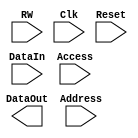
module dbg_registers(DataIn, DataOut, Address, RW, Access, Clk, Reset
                     `ifdef TRACE_ENABLED
                     , 
                     ContinMode, 
                     TraceEnable, RecSelDepend, WpTrigger, BpTrigger, LSSTrigger, 
                     ITrigger, TriggerOper, WpQualif, BpQualif, LSSQualif, IQualif, 
                     QualifOper, RecordPC_Wp, RecordLSEA_Wp, RecordLDATA_Wp, 
                     RecordSDATA_Wp, RecordReadSPR_Wp, RecordReadSPR_Bp, 
                     RecordWriteSPR_Wp, RecordWriteSPR_Bp, RecordINSTR_Wp, RecordPC_Bp, 
                     RecordLSEA_Bp, RecordLDATA_Bp, RecordSDATA_Bp, RecordINSTR_Bp, 
                     WpTriggerValid, BpTriggerValid, LSSTriggerValid, ITriggerValid, 
                     WpQualifValid, BpQualifValid, LSSQualifValid, IQualifValid,
                     WpStop, BpStop, LSSStop, IStop, StopOper, WpStopValid, BpStopValid, 
                     LSSStopValid, IStopValid 
                     `endif
                    );

parameter Tp = 1;

input [31:0] DataIn;
input [4:0] Address;

input RW;
input Access;
input Clk;
input Reset;

output [31:0] DataOut;
reg    [31:0] DataOut;

`ifdef TRACE_ENABLED
  output RecSelDepend;
  output ContinMode;
  output TraceEnable;
  
  output [10:0] WpTrigger;
  output        BpTrigger;
  output [3:0]  LSSTrigger;
  output [1:0]  ITrigger;
  output [1:0]  TriggerOper;
  
  output        WpTriggerValid;
  output        BpTriggerValid;
  output        LSSTriggerValid;
  output        ITriggerValid;
  
  output [10:0] WpQualif;
  output        BpQualif;
  output [3:0]  LSSQualif;
  output [1:0]  IQualif;
  output [1:0]  QualifOper;
  
  output        WpQualifValid;
  output        BpQualifValid;
  output        LSSQualifValid;
  output        IQualifValid;
  
  output [10:0] WpStop;
  output        BpStop;
  output [3:0]  LSSStop;
  output [1:0]  IStop;
  output [1:0]  StopOper;
  
  output WpStopValid;
  output BpStopValid;
  output LSSStopValid;
  output IStopValid;
  
  output [10:0] RecordPC_Wp;
  output [10:0] RecordLSEA_Wp;
  output [10:0] RecordLDATA_Wp;
  output [10:0] RecordSDATA_Wp;
  output [10:0] RecordReadSPR_Wp;
  output [10:0] RecordWriteSPR_Wp;
  output [10:0] RecordINSTR_Wp;
  
  
  output RecordPC_Bp;
  output RecordLSEA_Bp;
  output RecordLDATA_Bp;
  output RecordSDATA_Bp;
  output RecordReadSPR_Bp;
  output RecordWriteSPR_Bp;
  output RecordINSTR_Bp;
`endif

`ifdef TRACE_ENABLED
  wire MODER_Acc =   (Address == `MODER_ADR)   & Access;
  wire TSEL_Acc =    (Address == `TSEL_ADR)    & Access;
  wire QSEL_Acc =    (Address == `QSEL_ADR)    & Access;
  wire SSEL_Acc =    (Address == `SSEL_ADR)    & Access;
  wire RECWP0_Acc =  (Address == `RECWP0_ADR)  & Access;
  wire RECWP1_Acc =  (Address == `RECWP1_ADR)  & Access;
  wire RECWP2_Acc =  (Address == `RECWP2_ADR)  & Access;
  wire RECWP3_Acc =  (Address == `RECWP3_ADR)  & Access;
  wire RECWP4_Acc =  (Address == `RECWP4_ADR)  & Access;
  wire RECWP5_Acc =  (Address == `RECWP5_ADR)  & Access;
  wire RECWP6_Acc =  (Address == `RECWP6_ADR)  & Access;
  wire RECWP7_Acc =  (Address == `RECWP7_ADR)  & Access;
  wire RECWP8_Acc =  (Address == `RECWP8_ADR)  & Access;
  wire RECWP9_Acc =  (Address == `RECWP9_ADR)  & Access;
  wire RECWP10_Acc = (Address == `RECWP10_ADR) & Access;
  wire RECBP0_Acc =  (Address == `RECBP0_ADR)  & Access;
  
  wire MODER_Wr =   MODER_Acc   &  RW;
  wire TSEL_Wr =    TSEL_Acc    &  RW;
  wire QSEL_Wr =    QSEL_Acc    &  RW;
  wire SSEL_Wr =    SSEL_Acc    &  RW;
  wire RECWP0_Wr =  RECWP0_Acc  &  RW;
  wire RECWP1_Wr =  RECWP1_Acc  &  RW;
  wire RECWP2_Wr =  RECWP2_Acc  &  RW;
  wire RECWP3_Wr =  RECWP3_Acc  &  RW;
  wire RECWP4_Wr =  RECWP4_Acc  &  RW;
  wire RECWP5_Wr =  RECWP5_Acc  &  RW;
  wire RECWP6_Wr =  RECWP6_Acc  &  RW;
  wire RECWP7_Wr =  RECWP7_Acc  &  RW;
  wire RECWP8_Wr =  RECWP8_Acc  &  RW;
  wire RECWP9_Wr =  RECWP9_Acc  &  RW;
  wire RECWP10_Wr = RECWP10_Acc &  RW;
  wire RECBP0_Wr =  RECBP0_Acc  &  RW;
  
  wire MODER_Rd =   MODER_Acc   &  ~RW;
  wire TSEL_Rd =    TSEL_Acc    &  ~RW;
  wire QSEL_Rd =    QSEL_Acc    &  ~RW;
  wire SSEL_Rd =    SSEL_Acc    &  ~RW;
  wire RECWP0_Rd =  RECWP0_Acc  &  ~RW;
  wire RECWP1_Rd =  RECWP1_Acc  &  ~RW;
  wire RECWP2_Rd =  RECWP2_Acc  &  ~RW;
  wire RECWP3_Rd =  RECWP3_Acc  &  ~RW;
  wire RECWP4_Rd =  RECWP4_Acc  &  ~RW;
  wire RECWP5_Rd =  RECWP5_Acc  &  ~RW;
  wire RECWP6_Rd =  RECWP6_Acc  &  ~RW;
  wire RECWP7_Rd =  RECWP7_Acc  &  ~RW;
  wire RECWP8_Rd =  RECWP8_Acc  &  ~RW;
  wire RECWP9_Rd =  RECWP9_Acc  &  ~RW;
  wire RECWP10_Rd = RECWP10_Acc &  ~RW;
  wire RECBP0_Rd =  RECBP0_Acc  &  ~RW;
`endif


`ifdef TRACE_ENABLED
  wire [31:0] MODEROut;
  wire [31:0] TSELOut;
  wire [31:0] QSELOut;
  wire [31:0] SSELOut;
  
  wire [31:0] RECWP0Out;
  wire [31:0] RECWP1Out;
  wire [31:0] RECWP2Out;
  wire [31:0] RECWP3Out;
  wire [31:0] RECWP4Out;
  wire [31:0] RECWP5Out;
  wire [31:0] RECWP6Out;
  wire [31:0] RECWP7Out;
  wire [31:0] RECWP8Out;
  wire [31:0] RECWP9Out;
  wire [31:0] RECWP10Out;
  wire [31:0] RECBP0Out;
`endif


`ifdef TRACE_ENABLED
  dbg_register #(32) MODER  (.DataIn(DataIn), .DataOut(MODEROut),   .Write(MODER_Wr),   .Clk(Clk), .Reset(Reset), .Default(`MODER_DEF));
  dbg_register #(32) TSEL   (.DataIn(DataIn), .DataOut(TSELOut),    .Write(TSEL_Wr),    .Clk(Clk), .Reset(Reset), .Default(`TSEL_DEF));
  dbg_register #(32) QSEL   (.DataIn(DataIn), .DataOut(QSELOut),    .Write(QSEL_Wr),    .Clk(Clk), .Reset(Reset), .Default(`QSEL_DEF));
  dbg_register #(32) SSEL   (.DataIn(DataIn), .DataOut(SSELOut),    .Write(SSEL_Wr),    .Clk(Clk), .Reset(Reset), .Default(`SSEL_DEF));
  
  dbg_register #(32) RECWP0 (.DataIn(DataIn), .DataOut(RECWP0Out),  .Write(RECWP0_Wr),  .Clk(Clk), .Reset(Reset), .Default(`RECWP0_DEF));
  dbg_register #(32) RECWP1 (.DataIn(DataIn), .DataOut(RECWP1Out),  .Write(RECWP1_Wr),  .Clk(Clk), .Reset(Reset), .Default(`RECWP1_DEF));
  dbg_register #(32) RECWP2 (.DataIn(DataIn), .DataOut(RECWP2Out),  .Write(RECWP2_Wr),  .Clk(Clk), .Reset(Reset), .Default(`RECWP2_DEF));
  dbg_register #(32) RECWP3 (.DataIn(DataIn), .DataOut(RECWP3Out),  .Write(RECWP3_Wr),  .Clk(Clk), .Reset(Reset), .Default(`RECWP3_DEF));
  dbg_register #(32) RECWP4 (.DataIn(DataIn), .DataOut(RECWP4Out),  .Write(RECWP4_Wr),  .Clk(Clk), .Reset(Reset), .Default(`RECWP4_DEF));
  dbg_register #(32) RECWP5 (.DataIn(DataIn), .DataOut(RECWP5Out),  .Write(RECWP5_Wr),  .Clk(Clk), .Reset(Reset), .Default(`RECWP5_DEF));
  dbg_register #(32) RECWP6 (.DataIn(DataIn), .DataOut(RECWP6Out),  .Write(RECWP6_Wr),  .Clk(Clk), .Reset(Reset), .Default(`RECWP6_DEF));
  dbg_register #(32) RECWP7 (.DataIn(DataIn), .DataOut(RECWP7Out),  .Write(RECWP7_Wr),  .Clk(Clk), .Reset(Reset), .Default(`RECWP7_DEF));
  dbg_register #(32) RECWP8 (.DataIn(DataIn), .DataOut(RECWP8Out),  .Write(RECWP8_Wr),  .Clk(Clk), .Reset(Reset), .Default(`RECWP8_DEF));
  dbg_register #(32) RECWP9 (.DataIn(DataIn), .DataOut(RECWP9Out),  .Write(RECWP9_Wr),  .Clk(Clk), .Reset(Reset), .Default(`RECWP9_DEF));
  dbg_register #(32) RECWP10(.DataIn(DataIn), .DataOut(RECWP10Out), .Write(RECWP10_Wr), .Clk(Clk), .Reset(Reset), .Default(`RECWP10_DEF));
  dbg_register #(32) RECBP0 (.DataIn(DataIn), .DataOut(RECBP0Out),  .Write(RECBP0_Wr),  .Clk(Clk), .Reset(Reset), .Default(`RECBP0_DEF));
`endif


`ifdef TRACE_ENABLED
always @ (posedge Clk)
begin
  if(MODER_Rd)    DataOut<= #Tp MODEROut;
  else
  if(TSEL_Rd)     DataOut<= #Tp TSELOut;
  else
  if(QSEL_Rd)     DataOut<= #Tp QSELOut;
  else
  if(SSEL_Rd)     DataOut<= #Tp SSELOut;
  else
  if(RECWP0_Rd)   DataOut<= #Tp RECWP0Out;
  else
  if(RECWP1_Rd)   DataOut<= #Tp RECWP1Out;
  else
  if(RECWP2_Rd)   DataOut<= #Tp RECWP2Out;
  else
  if(RECWP3_Rd)   DataOut<= #Tp RECWP3Out;
  else
  if(RECWP4_Rd)   DataOut<= #Tp RECWP4Out;
  else
  if(RECWP5_Rd)   DataOut<= #Tp RECWP5Out;
  else
  if(RECWP6_Rd)   DataOut<= #Tp RECWP6Out;
  else
  if(RECWP7_Rd)   DataOut<= #Tp RECWP7Out;
  else
  if(RECWP8_Rd)   DataOut<= #Tp RECWP8Out;
  else
  if(RECWP9_Rd)   DataOut<= #Tp RECWP9Out;
  else
  if(RECWP10_Rd)  DataOut<= #Tp RECWP10Out;
  else
  if(RECBP0_Rd)   DataOut<= #Tp RECBP0Out;
  else            DataOut<= #Tp 'h0;
end
`endif

`ifdef TRACE_ENABLED
  assign ContinMode = MODEROut[0];
  assign TraceEnable = MODEROut[1];
  assign RecSelDepend = MODEROut[2];
  
  assign WpTrigger[10:0]   = TSELOut[10:0];
  assign WpTriggerValid    = TSELOut[11];
  assign BpTrigger         = TSELOut[12];
  assign BpTriggerValid    = TSELOut[13];
  assign LSSTrigger[3:0]   = TSELOut[19:16];
  assign LSSTriggerValid   = TSELOut[20];
  assign ITrigger[1:0]     = TSELOut[22:21];
  assign ITriggerValid     = TSELOut[23];
  assign TriggerOper[1:0]  = TSELOut[31:30];
  
  assign WpQualif[10:0]    = QSELOut[10:0];
  assign WpQualifValid     = QSELOut[11];
  assign BpQualif          = QSELOut[12];
  assign BpQualifValid     = QSELOut[13];
  assign LSSQualif[3:0]    = QSELOut[19:16];
  assign LSSQualifValid    = QSELOut[20];
  assign IQualif[1:0]      = QSELOut[22:21];
  assign IQualifValid      = QSELOut[23];
  assign QualifOper[1:0]   = QSELOut[31:30];
  
  assign WpStop[10:0]    = SSELOut[10:0];
  assign WpStopValid     = SSELOut[11];
  assign BpStop          = SSELOut[12];
  assign BpStopValid     = SSELOut[13];
  assign LSSStop[3:0]    = SSELOut[19:16];
  assign LSSStopValid    = SSELOut[20];
  assign IStop[1:0]      = SSELOut[22:21];
  assign IStopValid      = SSELOut[23];
  assign StopOper[1:0]   = SSELOut[31:30];
  
  
  assign RecordPC_Wp[0]        = RECWP0Out[0];
  assign RecordLSEA_Wp[0]      = RECWP0Out[1];
  assign RecordLDATA_Wp[0]     = RECWP0Out[2];
  assign RecordSDATA_Wp[0]     = RECWP0Out[3];
  assign RecordReadSPR_Wp[0]   = RECWP0Out[4];
  assign RecordWriteSPR_Wp[0]  = RECWP0Out[5];
  assign RecordINSTR_Wp[0]     = RECWP0Out[6];
  
  
  assign RecordPC_Wp[1]        = RECWP1Out[0];
  assign RecordLSEA_Wp[1]      = RECWP1Out[1];
  assign RecordLDATA_Wp[1]     = RECWP1Out[2];
  assign RecordSDATA_Wp[1]     = RECWP1Out[3];
  assign RecordReadSPR_Wp[1]   = RECWP1Out[4];
  assign RecordWriteSPR_Wp[1]  = RECWP1Out[5];
  assign RecordINSTR_Wp[1]     = RECWP1Out[6];
  
  
  assign RecordPC_Wp[2]        = RECWP2Out[0];
  assign RecordLSEA_Wp[2]      = RECWP2Out[1];
  assign RecordLDATA_Wp[2]     = RECWP2Out[2];
  assign RecordSDATA_Wp[2]     = RECWP2Out[3];
  assign RecordReadSPR_Wp[2]   = RECWP2Out[4];
  assign RecordWriteSPR_Wp[2]  = RECWP2Out[5];
  assign RecordINSTR_Wp[2]     = RECWP2Out[6];
  
  
  assign RecordPC_Wp[3]        = RECWP3Out[0];
  assign RecordLSEA_Wp[3]      = RECWP3Out[1];
  assign RecordLDATA_Wp[3]     = RECWP3Out[2];
  assign RecordSDATA_Wp[3]     = RECWP3Out[3];
  assign RecordReadSPR_Wp[3]   = RECWP3Out[4];
  assign RecordWriteSPR_Wp[3]  = RECWP3Out[5];
  assign RecordINSTR_Wp[3]     = RECWP3Out[6];
  
  
  assign RecordPC_Wp[4]        = RECWP4Out[0];
  assign RecordLSEA_Wp[4]      = RECWP4Out[1];
  assign RecordLDATA_Wp[4]     = RECWP4Out[2];
  assign RecordSDATA_Wp[4]     = RECWP4Out[3];
  assign RecordReadSPR_Wp[4]   = RECWP4Out[4];
  assign RecordWriteSPR_Wp[4]  = RECWP4Out[5];
  assign RecordINSTR_Wp[4]     = RECWP4Out[6];
  
  
  assign RecordPC_Wp[5]        = RECWP5Out[0];
  assign RecordLSEA_Wp[5]      = RECWP5Out[1];
  assign RecordLDATA_Wp[5]     = RECWP5Out[2];
  assign RecordSDATA_Wp[5]     = RECWP5Out[3];
  assign RecordReadSPR_Wp[5]   = RECWP5Out[4];
  assign RecordWriteSPR_Wp[5]  = RECWP5Out[5];
  assign RecordINSTR_Wp[5]     = RECWP5Out[6];
  
  
  assign RecordPC_Wp[6]        = RECWP6Out[0];
  assign RecordLSEA_Wp[6]      = RECWP6Out[1];
  assign RecordLDATA_Wp[6]     = RECWP6Out[2];
  assign RecordSDATA_Wp[6]     = RECWP6Out[3];
  assign RecordReadSPR_Wp[6]   = RECWP6Out[4];
  assign RecordWriteSPR_Wp[6]  = RECWP6Out[5];
  assign RecordINSTR_Wp[6]     = RECWP6Out[6];
  
  
  assign RecordPC_Wp[7]        = RECWP7Out[0];
  assign RecordLSEA_Wp[7]      = RECWP7Out[1];
  assign RecordLDATA_Wp[7]     = RECWP7Out[2];
  assign RecordSDATA_Wp[7]     = RECWP7Out[3];
  assign RecordReadSPR_Wp[7]   = RECWP7Out[4];
  assign RecordWriteSPR_Wp[7]  = RECWP7Out[5];
  assign RecordINSTR_Wp[7]     = RECWP7Out[6];
  
  
  assign RecordPC_Wp[8]        = RECWP8Out[0];
  assign RecordLSEA_Wp[8]      = RECWP8Out[1];
  assign RecordLDATA_Wp[8]     = RECWP8Out[2];
  assign RecordSDATA_Wp[8]     = RECWP8Out[3];
  assign RecordReadSPR_Wp[8]   = RECWP8Out[4];
  assign RecordWriteSPR_Wp[8]  = RECWP8Out[5];
  assign RecordINSTR_Wp[8]     = RECWP8Out[6];
  
  
  assign RecordPC_Wp[9]        = RECWP9Out[0];
  assign RecordLSEA_Wp[9]      = RECWP9Out[1];
  assign RecordLDATA_Wp[9]     = RECWP9Out[2];
  assign RecordSDATA_Wp[9]     = RECWP9Out[3];
  assign RecordReadSPR_Wp[9]   = RECWP9Out[4];
  assign RecordWriteSPR_Wp[9]  = RECWP9Out[5];
  assign RecordINSTR_Wp[9]     = RECWP9Out[6];
  
  
  assign RecordPC_Wp[10]       = RECWP10Out[0];
  assign RecordLSEA_Wp[10]     = RECWP10Out[1];
  assign RecordLDATA_Wp[10]    = RECWP10Out[2];
  assign RecordSDATA_Wp[10]    = RECWP10Out[3];
  assign RecordReadSPR_Wp[10]  = RECWP10Out[4];
  assign RecordWriteSPR_Wp[10] = RECWP10Out[5];
  assign RecordINSTR_Wp[10]    = RECWP10Out[6];
  
  
  assign RecordPC_Bp         = RECBP0Out[0];
  assign RecordLSEA_Bp       = RECBP0Out[1];
  assign RecordLDATA_Bp      = RECBP0Out[2];
  assign RecordSDATA_Bp      = RECBP0Out[3];
  assign RecordReadSPR_Bp    = RECBP0Out[4];
  assign RecordWriteSPR_Bp   = RECBP0Out[5];
  assign RecordINSTR_Bp      = RECBP0Out[6];
`endif


endmodule